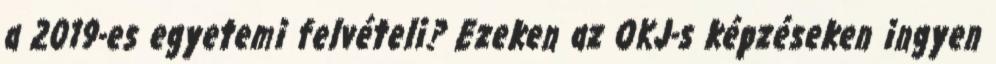
a 2019-es egyetemi felvételi? Ezeken az OKJ-s képzéseken ingyen